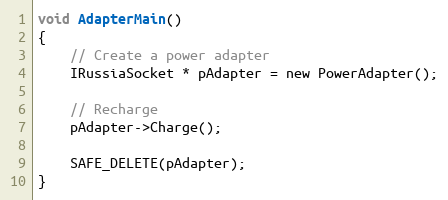
Language: C
void AdapterMain()
{
    // Create a power adapter
    IRussiaSocket * pAdapter = new PowerAdapter();

    // Recharge
    pAdapter->Charge();

    SAFE_DELETE(pAdapter);
}